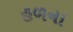
હળના